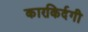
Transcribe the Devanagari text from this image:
कारकिर्दगी